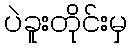
ပဲခူးတိုင်းမှ